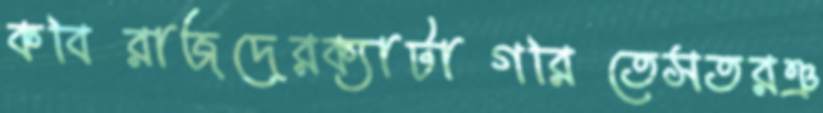
কবিরাজদেরক্যাটাগরিতেসতরঞ